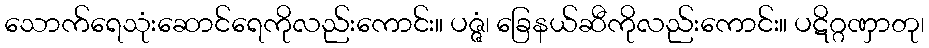
သောက်ရေသုံးဆောင်ရေကိုလည်းကောင်း။ ပဇ္ဇံ၊ ခြေနယ်ဆီကိုလည်းကောင်း။ ပဋိဂ္ဂဏှာတု၊